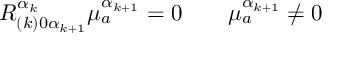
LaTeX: R _ { ( k ) 0 \alpha _ { k + 1 } } ^ { \alpha _ { k } } \mu _ { a } ^ { \alpha _ { k + 1 } } = 0 \qquad \mu _ { a } ^ { \alpha _ { k + 1 } } \neq 0